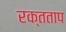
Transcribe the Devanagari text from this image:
रक्तताप